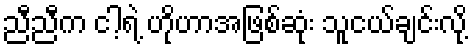
ညီညီက ငါ့ရဲ့ ဟိုဟာအဖြစ်ဆုံး သူငယ်ချင်းလို့